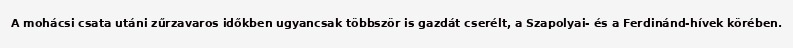
A mohácsi csata utáni zűrzavaros időkben ugyancsak többször is gazdát cserélt, a Szapolyai- és a Ferdinánd-hívek körében.